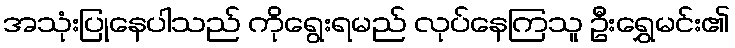
အသုံးပြုနေပါသည် ကိုရွေးရမည် လုပ်နေကြသူ ဦးရွှေမင်း၏